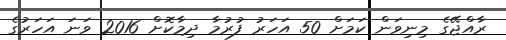
ރާއްޖޭގެ މިނިވަން ކަމަށް 50 އަހަރު ފުރުމާ ދިމާކޮށް 2016 ވަނަ އަހަރުގެ